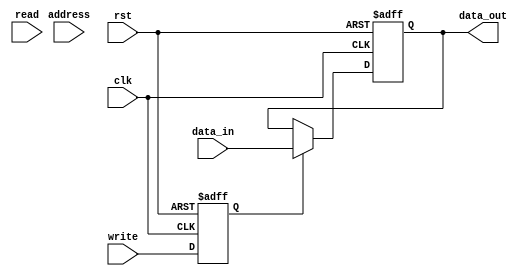
module memory_controller (
    input wire clk,
    input wire rst,
    input wire read,
    input wire write,
    input wire [31:0] address,
    input wire [31:0] data_in,
    output wire [31:0] data_out
);

// Control logic for read and write operations
reg read_enable, write_enable;
always @ (posedge clk or posedge rst) begin
    if (rst) begin
        read_enable <= 0;
        write_enable <= 0;
    end else begin
        read_enable <= read;
        write_enable <= write;
    end
end

// Address decoding for memory location selection
wire [31:0] memory_location;
assign memory_location = address;

// Data buffering for smooth data transfers
reg [31:0] data_buffer;
always @ (posedge clk or posedge rst) begin
    if (rst) begin
        data_buffer <= 0;
    end else begin
        if (write_enable) begin
            data_buffer <= data_in;
        end
    end
end

// Error detection and correction
// Assume error detection and correction logic is implemented here

// Power management features for energy efficiency
// Assume power management features are implemented here

// Memory module interface
// Assume memory module interface is implemented here

// Output data
assign data_out = data_buffer;

endmodule